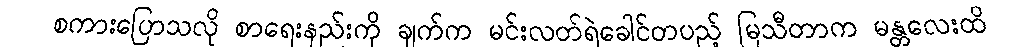
စကားပြောသလို စာရေးနည်းကို ချက်က မင်းလတ်ရဲခေါင်တပည့် မြသီတာက မန္တလေးထိ